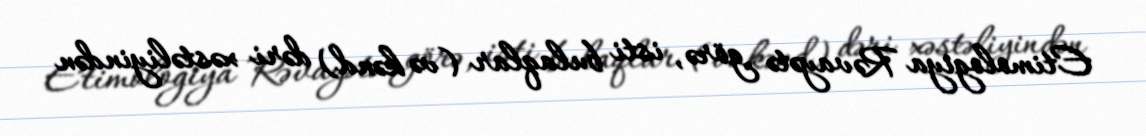
Etimologiya Rəvayətə görə, isti bulaqlar (və kənd) dəri xəstəliyindən